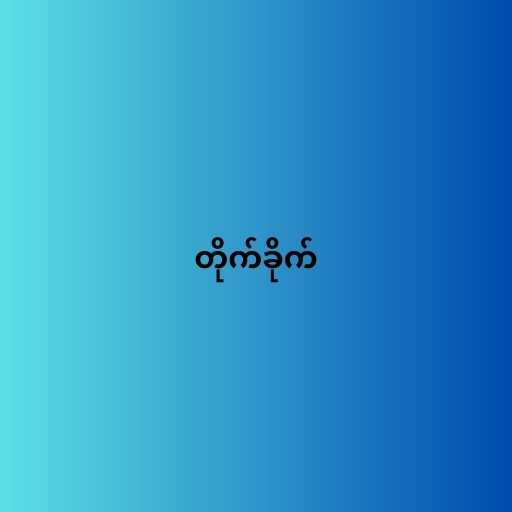
တိုက်ခိုက်